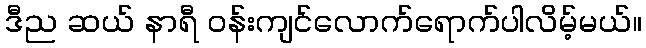
ဒီည ဆယ် နာရီ ဝန်းကျင်လောက်ရောက်ပါလိမ့်မယ်။